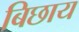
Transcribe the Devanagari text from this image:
बिछाय